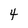
Character: 4